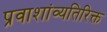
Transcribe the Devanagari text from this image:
प्रवाशांव्यतिरिक्त